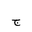
Letter: _gim